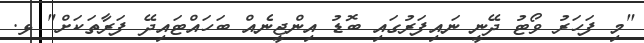
"މި ފަހަރު ވޯޓު ދޭނީ ނައިފަރުގައި ބޮޑު އިންޖީނެއް ބަހައްޓައިދޭ ފަރާތަކަށް" ޅ.